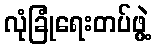
လုံခြုံရေးတပ်ဖွဲ့